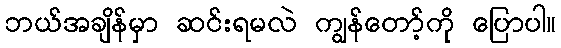
ဘယ်အချိန်မှာ ဆင်းရမလဲ ကျွန်တော့်ကို ပြောပါ။